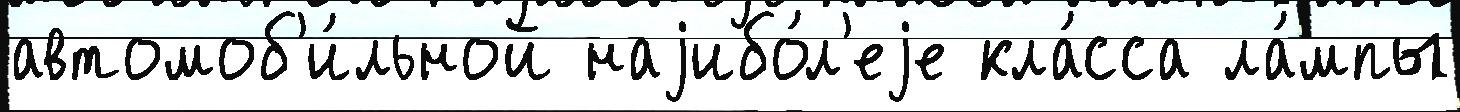
автомоб'и́льной наjибо́л'еjе кла́сса ла́мпы